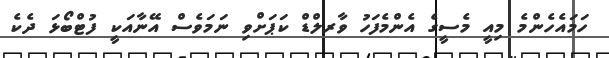
ހަމައެހެންމެ މިއީ މެސީގެ އެންމެފަހު ވާރލްޑް ކަޕަށްވި ނަމަވެސް އޭނާއަކީ ފުޓްބޯޅަ ދެކެ